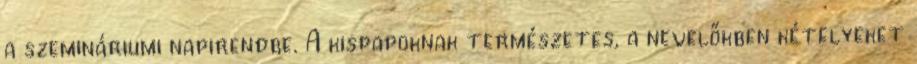
a szemináriumi napirendbe. A kispapoknak természetes, a nevelőkben kételyeket